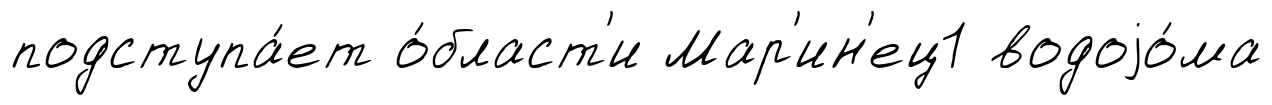
подступа́ет о́бласт'и Мар'ин'ец1 водоjо́ма